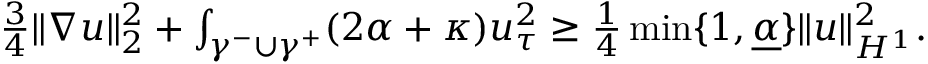
\begin{array} { r } { \frac { 3 } { 4 } \| \nabla u \| _ { 2 } ^ { 2 } + \int _ { \gamma ^ { - } \cup \gamma ^ { + } } ( 2 \alpha + \kappa ) u _ { \tau } ^ { 2 } \geq \frac { 1 } { 4 } \operatorname* { m i n } \lbrace 1 , \underline { { \alpha } } \rbrace \| u \| _ { H ^ { 1 } } ^ { 2 } . } \end{array}